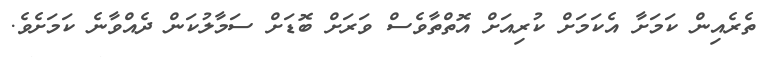
ތެރެއިން ކަމަށާ އެކަމަށް ކުރިއަށް އޮތްތާވެސް ވަރަށް ބޮޑަށް ސަމާލުކަން ދެއްވާނެ ކަމަށެވެ.